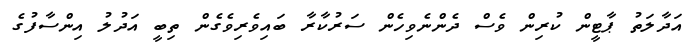
އަދާލަތު ޕާޓީން ކުރިން ވެސް ދެންނެވިހެން ސަރުކާރާ ބައިވެރިވެގެން ތިބީ އަދުލު އިންސާފުގެ